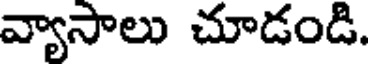
వ్యాసాలు చూడండి.